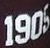
1905